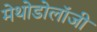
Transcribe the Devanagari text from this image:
मेथोडोलॉजी